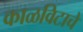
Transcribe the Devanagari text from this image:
काळविटाचे